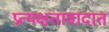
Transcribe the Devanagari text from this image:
प्रत्यक्षतावादात